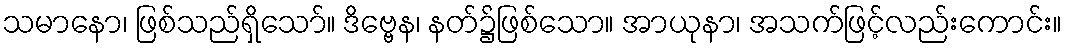
သမာနော၊ ဖြစ်သည်ရှိသော်။ ဒိဗ္ဗေန၊ နတ်၌ဖြစ်သော။ အာယုနာ၊ အသက်ဖြင့်လည်းကောင်း။